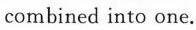
combined into one.